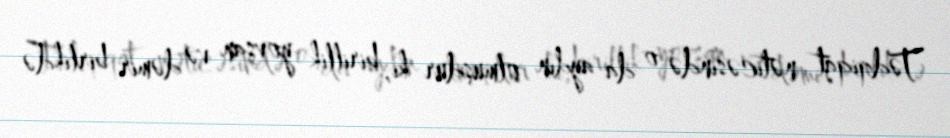
Tədqiqat nəticəsində o da aydın olmuşdur ki, birillik yovşan və dəmir birlikdə